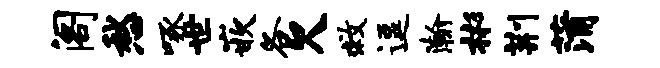
阁愁啄世嵌各欠救逗瀚彬荆蒲